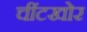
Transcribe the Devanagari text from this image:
चींटखोर